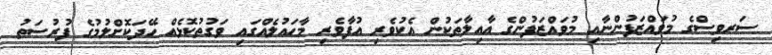
ސަރވިސްގެ މުވައްޒަފުންނާއި މުވައްޒަފުންގެ އާއިލާތަކުން އެކުވެރި އުފާވެރި މާހައުލެއްގައި ވަގުތުކޮޅެއް ހޭދަކޮށްލުމުގެ ފުރުސަތު